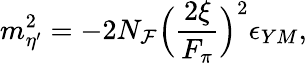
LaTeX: m_{\eta^{\prime}}^{2}=-2N_{\mathcal{F}}\Bigl({\frac{{2\xi}}{{F_{\pi}}}}\Bigr)^{2}\epsilon_{YM},